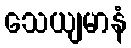
သေယျမာနံ